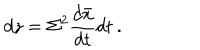
d z = \Sigma ^ { 2 } \frac { d \bar { x } } { d t } d t \: .